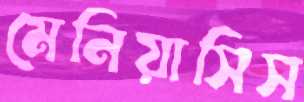
মেনিয়াসিস